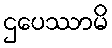
ဌပေဿာမိ